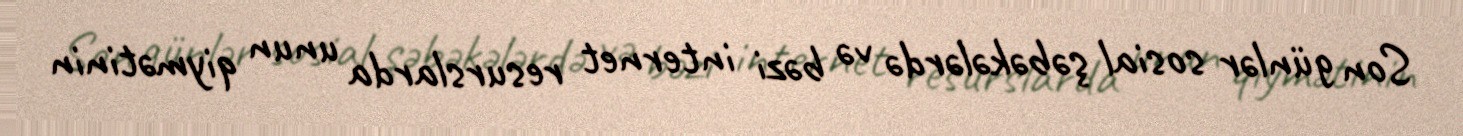
Son günlər sosial şəbəkələrdə və bəzi internet resurslarda unun qiymətinin